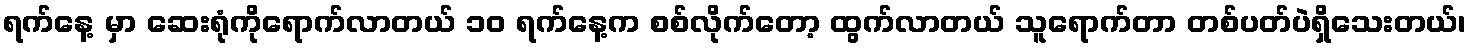
ရက်နေ့ မှာ ဆေးရုံကိုရောက်လာတယ် ၁၀ ရက်နေ့က စစ်လိုက်တော့ ထွက်လာတယ် သူရောက်တာ တစ်ပတ်ပဲရှိသေးတယ်၊